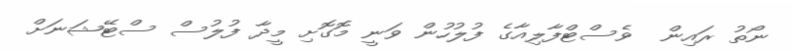
ނޯތު ރައިން  ވެސްޓްފާލިއާގެ ފުލުހުން ވަނީ މޮގޮށި މީދާ ފުލުސް ސްޓޭޝަނަށް